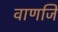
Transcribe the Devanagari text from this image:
वाणजि